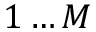
1 \ldots M